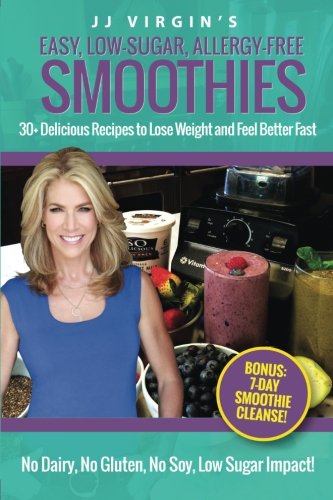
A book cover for JJ Virgin's Easy, Low-Sugar, Allergy-Free Smoothies: 30+ Delicious Recipes to Lose Weight and Feel Better Fast; JJ Virgin; Cookbooks, Food & Wine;